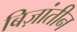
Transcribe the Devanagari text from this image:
बिज़ांतीन